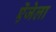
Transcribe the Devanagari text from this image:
ऐंजेला